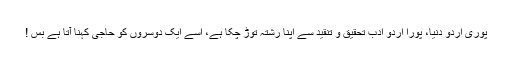
پوری اُردو دُنیا، پورا اُردو ادب تحقیق و تنقید سے اپنا رشتہ توڑ چکا ہے، اِسے ایک دوسروں کو حاجی کہنا آتا ہے بس !